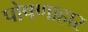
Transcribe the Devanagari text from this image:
पोषणाहार